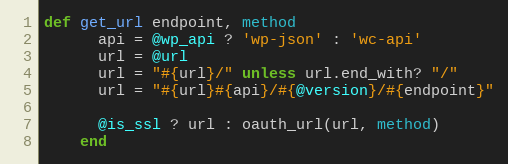
Language: Ruby
def get_url endpoint, method
      api = @wp_api ? 'wp-json' : 'wc-api'
      url = @url
      url = "#{url}/" unless url.end_with? "/"
      url = "#{url}#{api}/#{@version}/#{endpoint}"

      @is_ssl ? url : oauth_url(url, method)
    end